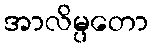
အာလိမ္ပတော